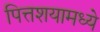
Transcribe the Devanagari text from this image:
पित्तशयामध्ये